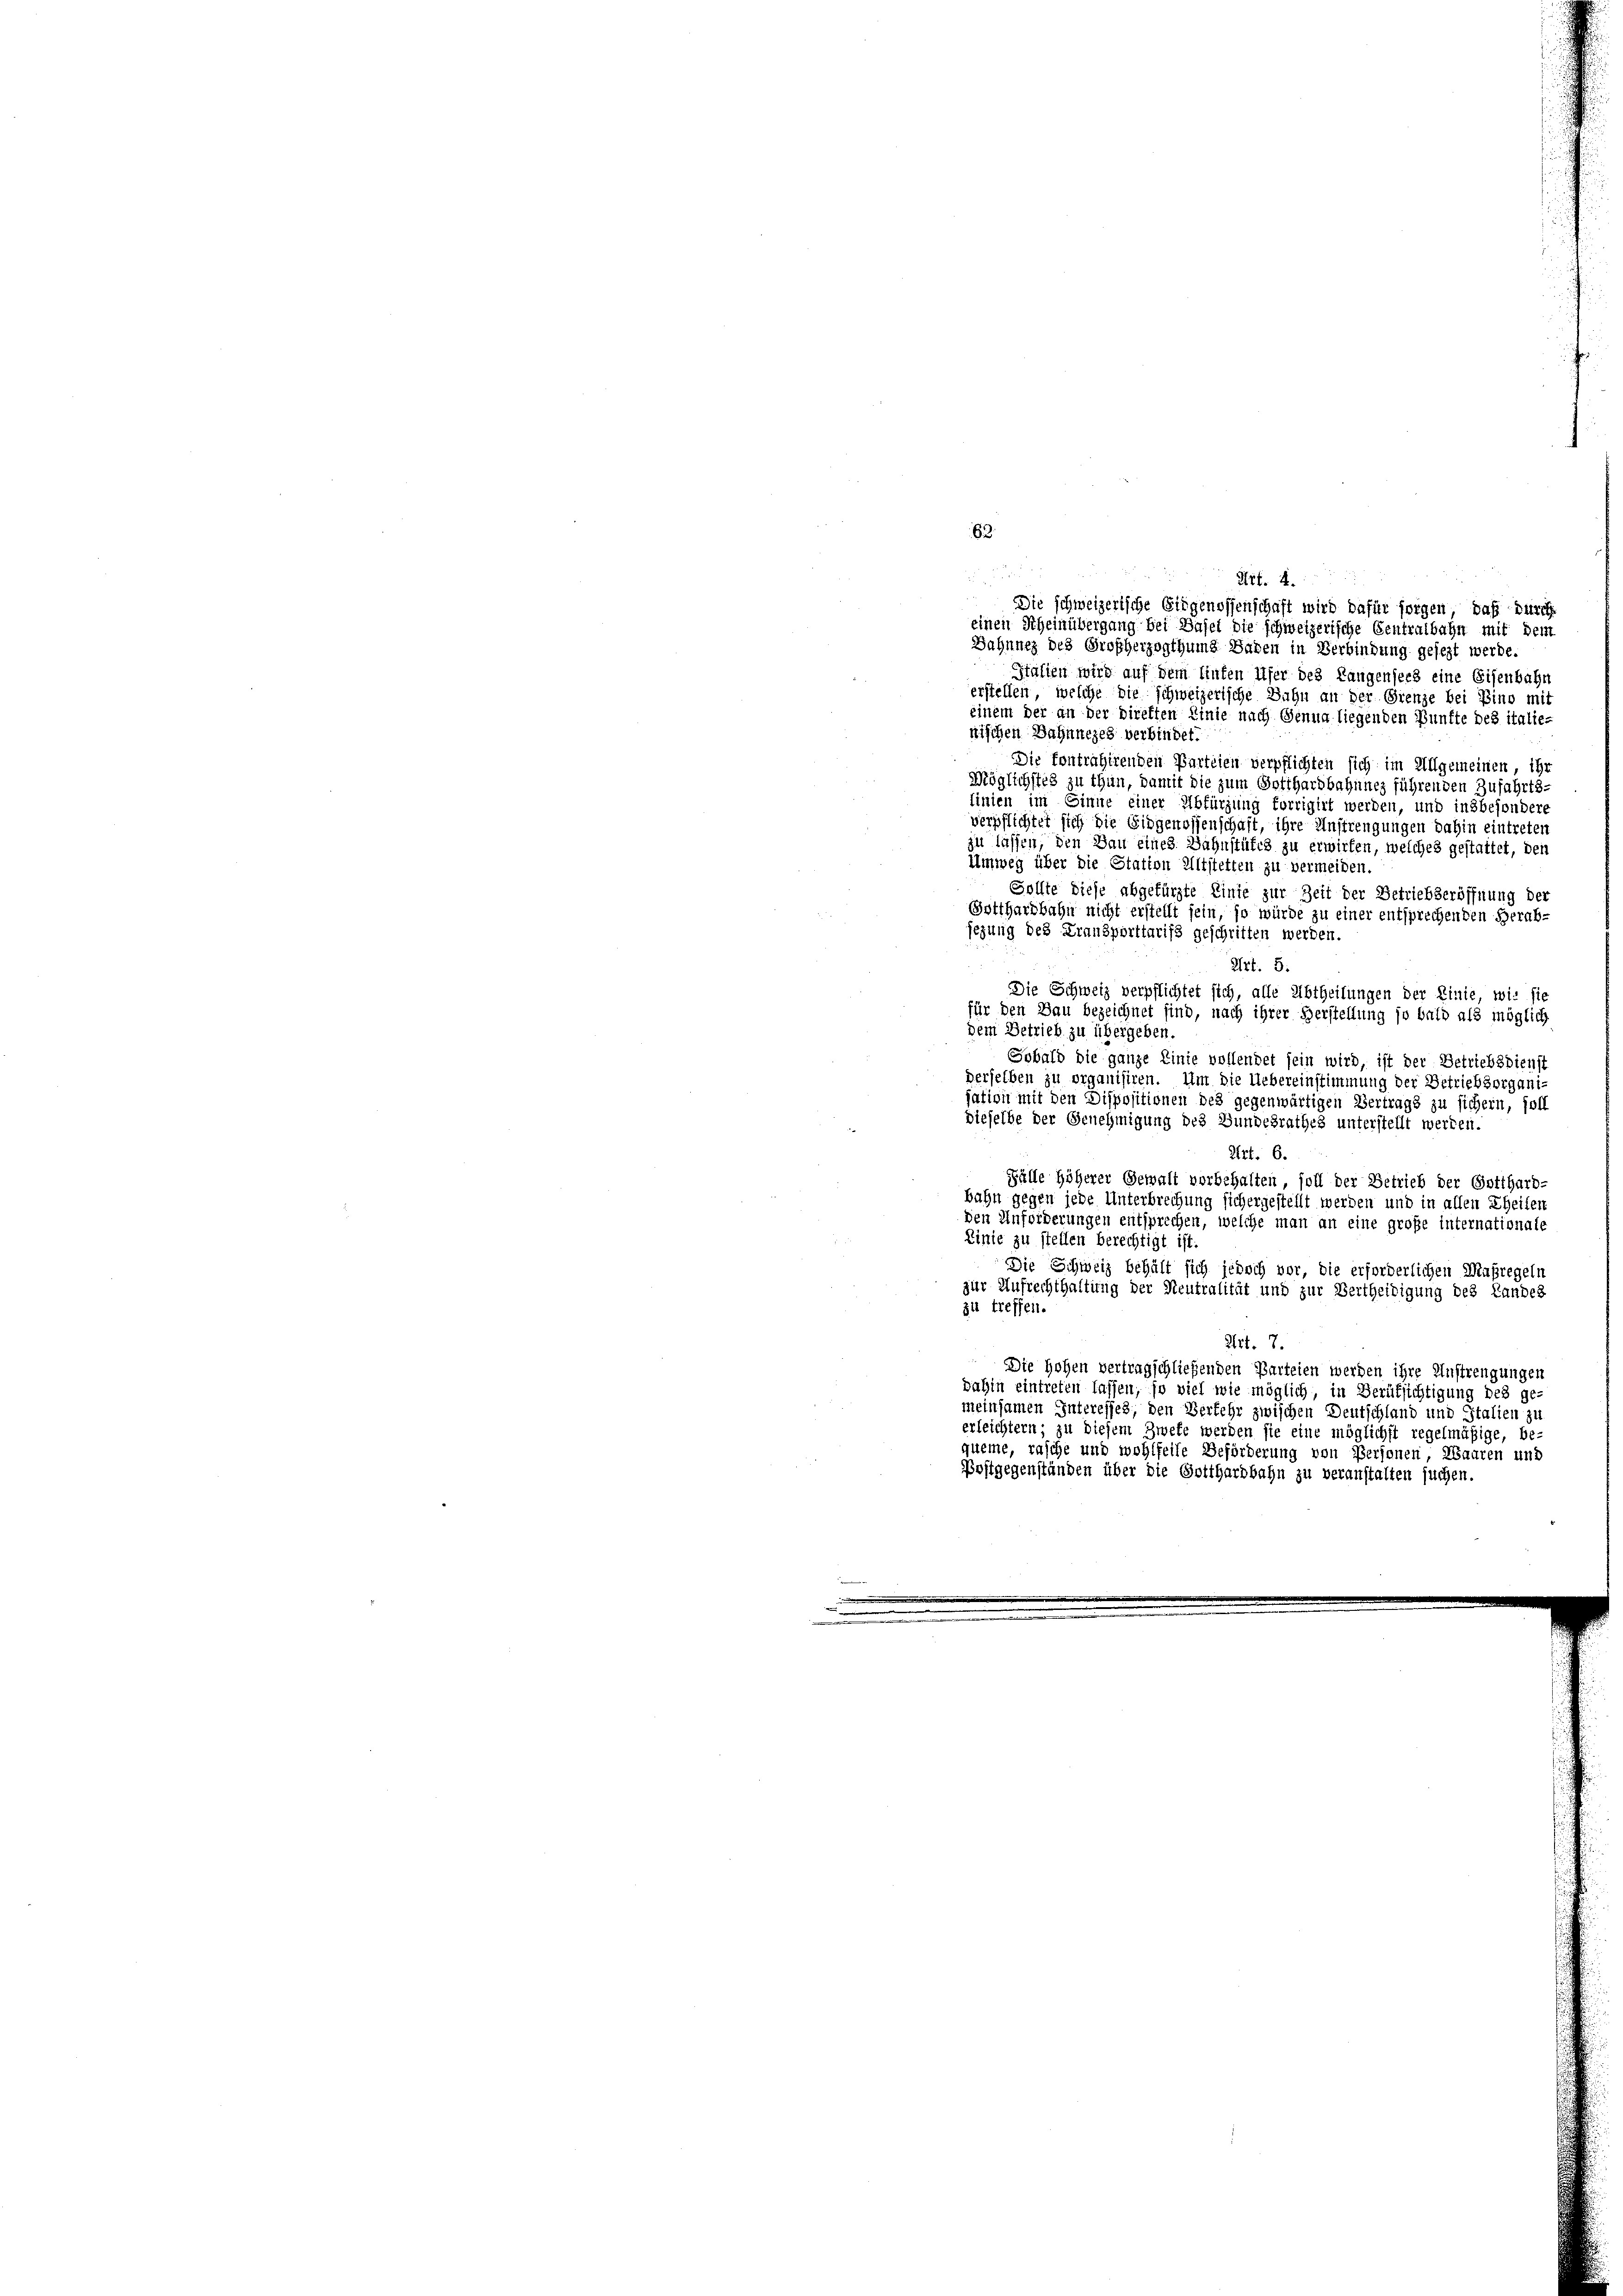
63.

Art. 4.
Die schweizerische Eidgenossenschaft wird dafür sorgen, daß durch
einen Scheinübergang bei Basel die schweizerische Centralbahn mit dem
Bahnnes des Großherzogthums haben in Verbindung gesezt werde.

Italien wird auf dem Aufen Ufer des Rangensees eine Eisenbahn
erstellen, welche die schweizerische Bahn an der Grenze bei Bino mit
einem der an der Direkten Linie nach Genua liegenden Bünfte des italie-
nischen Bahnneges verbindet.
Die kontrahirenden Parteien verpflichten sich im Allgemeinen, ihr
Möglichstes zu thun, damit die zum Gotthardbahnnes führenden Zufahrts-
linien im Einne einer Abfürzung forrigirt werden, und insbesondere
verpflichtet sich die Eidgenossenschaft, ihre Anstrengungen dahin eintreten
zu lassen, den Bau eines Bahnstüfts zu erwirken, welches gestattet, den
Umweg über die Statton Altstetten zu vermeiden.
Sollte diese abgefürzte Einte zur Zeit der Betriebseröffnung der
Gotthardbahn nicht erstellt sein, so würde zu einer entsprechenden Herabjegung des Fransporttarifs geschritten werden.
2
Art. 5.
Die Schweiz verpflichtet sich, alle Abtheilungen der Linie, wie sie
für den Bau bezeichnet sind, nach ihrer Herstellung so bald als möglich
dem Betrieb zu übergeben.
Sobald die ganze Linie vollendet sein wird, ist der Betriebsdienst
derselben zu organisiren. Um die Uebereinstimmung der Betriebsorgani-
sation mit den Dispositionen des gegenwärtigen Vertrags zu sichern, soll
dieselbe der Genehmigung des Bundesrathes unterstellt werden.
Art. 6.
Fälle höherer Gewalt vorbehalten, soll der Betrieb der Gotthard-
bahn gegen jede Unterbrechung sichergestellt werden und in allen Eheiten
den Anforderungen entsprechen, welche man an eine große internationale
Linie zu stellen berechtigt ist.
Die Schweiz behält sich jedoch vor, die erforderlichen Maßregeln
zur Aufrechthaltung der Neutralität und zur Bertheidigung des Landes
zu treffen.
Art. 7.
Die Hohen vertragschließenden Parteien werden ihre Anstrengungen
dahin eintreten lassen, so viel wie möglich, in Berufsichtigung des ge-
meinsamen Interesses, den Verkehr zwischen Deutschland und Italien zu
erleichtern; zu diesem Zwete werden sie eine möglichst regelmäßige, be-
queme, rasche und wohlfeile Beförderung von Personen, Waaren und
Postgegenständen über die Gotthardbahn zu veranstalten suchen,